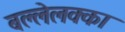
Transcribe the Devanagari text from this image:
बल्लेलक्का